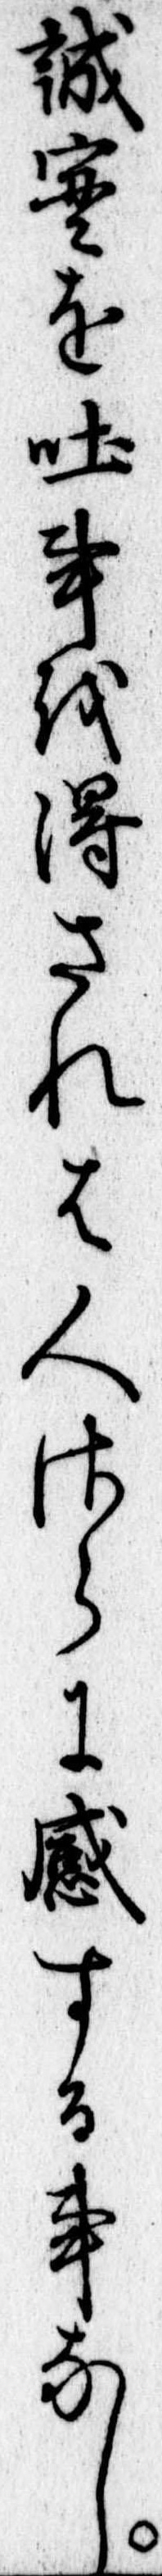
誠実を吐事を得されは人さらに感する事なし